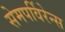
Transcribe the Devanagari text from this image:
सेमपर्विरेन्स